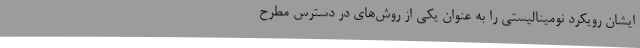
ایشان رویکرد نومینالیستی را به عنوان یکی از روش‌های در دسترس مطرح